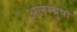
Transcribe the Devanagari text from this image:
अलम्बुषा